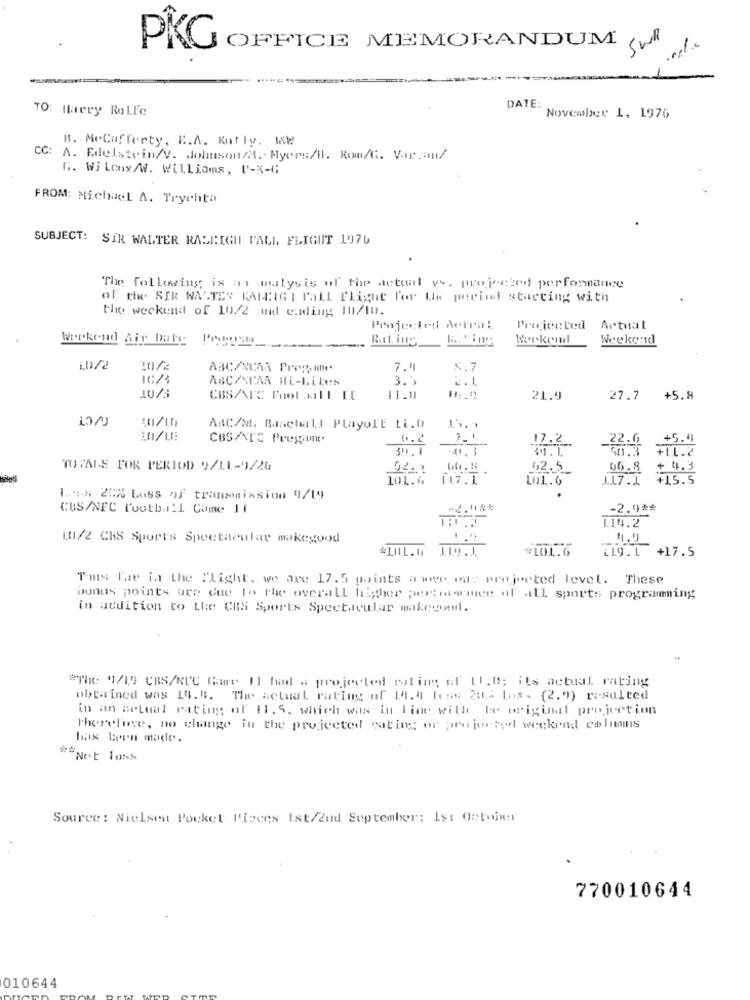
PÎG
OFFICE MEMORANDUM
TO: Harry Rolfe
DATE:
November 1, 1976
B. MeCafferty, B.A. Kutly. WW!
CC: A. Edelstein/V. Johnson/t .- Myers/H. Rom/G. Varan/
G. Wilcox/W. Williams, P-K-G
FROM: Michael A. Trychta
SUBJECT: SIR WALTER RALEIGH PALL FLIGHT 1976
The following is an matysis of the actual vs. projected performance
of the SIR WALTER FALDIGT Pall Flight Por Uw period starting with
the weekend of 10/2 and ending 10/10.
Projected Aciral
Projected Actual
k. iny
Weekend
Weekend
Werkend Air bate Peypin
10/2
10/2
ABC/NCAA Prog. me
7.4
<. 7
ABC/NCAA Ili-Liles
3.5
CBSAVEC Foot aIll IC
11.11
21.9
27.7 +5.8
CVCT
ABC/M. Baseball PlayerE Li.0
CBSANT'S Pregame
0.2
7 - 1
17.2 ..
_22.11
+5.4
41.1
1. L
30.3
+11.2
TOTALE FOR PERIOD 9/11-9/26
62.5
66.8
+ 4.3
LOL. G.
117.1
101.6
1.17.1.
+15.5
1.98 25% Loss of transmission 9/19
CUS/NFC Football Came 11
-2.9 **
1.14.2
10/2 CBS Sports Spectacular makegood
1.9
41.9.1 +17.5
Tms Far in the flight. we are 17.5 points a wwve ou: projected levet. These
bonus points are due to The overall higher pertisarmice of all sports programming
in addition to the CBS Sports Spectacular makemed.
"The 41/19 CBS/KLC Garre Il had a projected rating of II.B: its actual rating
obtained was 14. B. The actual rating of 14.4 hez: 20: Los- (2.9) resulted
in an actual rating of 11. 5. which was in Fine with be original projection
therefore, no change in the projected rating or projected weekend columns
has been made.
Source: Nielsen Pocket Pieces Ist/2ud September; Ist Ostojer
770010644
010644